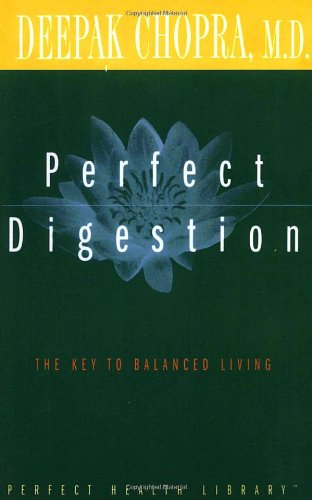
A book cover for Perfect Digestion: The Key to Balanced Living (Perfect Health Library); Deepak Chopra M.D.; Health, Fitness & Dieting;